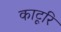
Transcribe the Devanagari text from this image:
काटूरि